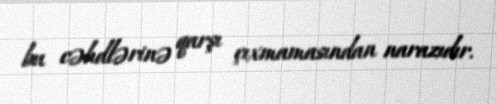
bu cəhdlərinə qarşı çıxmamasından narazıdır.